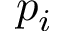
p _ { i }